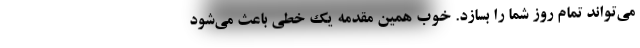
می‌تواند تمام روز شما را بسازد. خوب همین مقدمه یک خطی باعث می‌شود